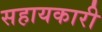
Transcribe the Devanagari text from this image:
सहायकारी